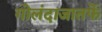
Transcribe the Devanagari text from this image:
गोलंदाजातर्फे